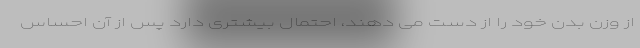
از وزن بدن خود را از دست می دهند، احتمال بیشتری دارد پس از آن احساس